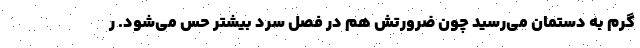
گرم به دستمان می‌رسید چون ضرورتش هم در فصل سرد بیشتر حس می‌شود. ر